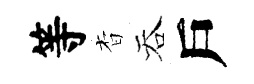
等杳吞戶